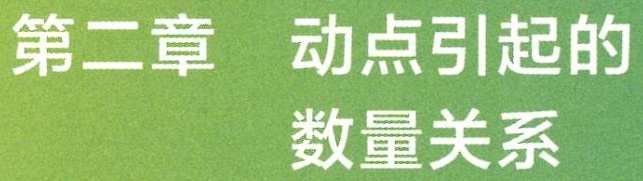
第二章 动点引起的数量关系